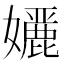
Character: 𭒭